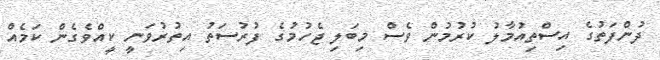
ދުންފަތުގެ އިސްތިއުމާލު ކުރުމުން ވެސް މިބަލި ޖެހުމުގެ ފުރުސަތު އިތުރުވަނީ ކީއްވެގެން ކަމެއް